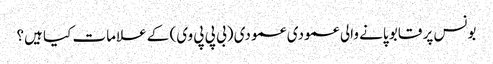
بونس پر قابو پانے والی عمودی عمودی (بی پی پی وی) کے علامات کیا ہیں؟